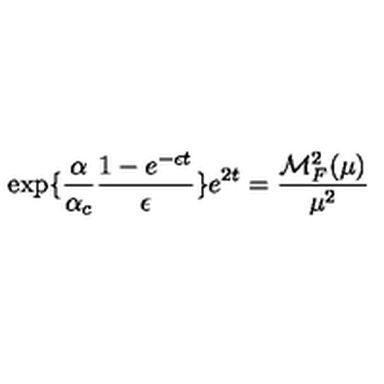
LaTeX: \exp \{ \frac { \alpha } { \alpha _ { c } } \frac { 1 - e ^ { - \epsilon t } } { \epsilon } \} e ^ { 2 t } = \frac { { \cal M } _ { F } ^ { 2 } ( \mu ) } { \mu ^ { 2 } }